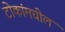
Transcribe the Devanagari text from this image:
टोकांमधील